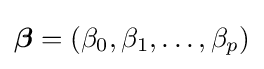
{\boldsymbol {\beta }}=(\beta _{0},\beta _{1},\ldots ,\beta _{p})